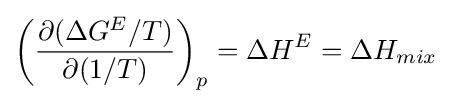
\left({\frac {\partial (\Delta G^{E}/T)}{\partial (1/T)}}\right)_{p}=\Delta H^{E}=\Delta H_{mix}